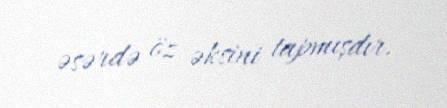
əsərdə öz əksini tapmışdır.